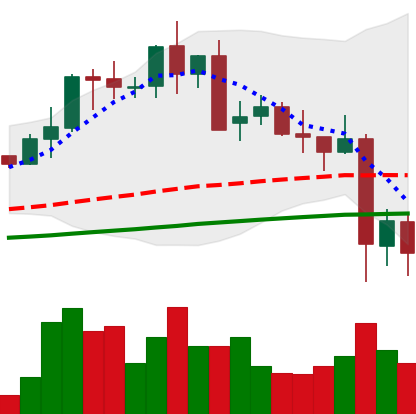
Ticker: LTC-USD
Chart end date: 2021-05-21
Forward return: 10.559%
Label: up_7plus